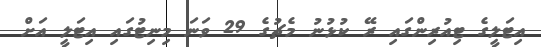
އިޓަލީގެ ޓިއުރިންގައި ރޭ ކުޅުނު މެޗުގެ 29 ވަނަ މިނިޓުގައި އިޓަލީ އަށް